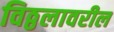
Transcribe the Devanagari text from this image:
विठ्ठलावरील